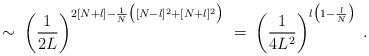
LaTeX: \begin{align*}\sim \; \left( \frac{1}{2L}\right)^{2[N+l] - \frac{1}{N}\big([N-l]^2 + [N+l]^2\big) } \; = \;\left( \frac{1}{4L^2}\right)^{l\big(1-\frac{l}{N}\big)} \; .\end{align*}